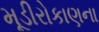
મૂડીરોકાણના